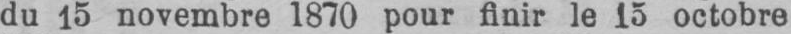
du 15 novembre 1870 pour finir le 15 octobre